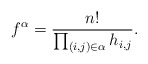
\begin{align*} f^\alpha=\frac{n!}{\prod_{(i,j)\in \alpha}h_{i,j}}. \end{align*}